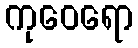
ကုဝေရော